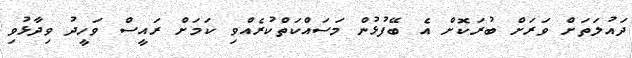
ދައުލަތަށް ވަރަށް ބުރަކޮށް އެ ބޭފުޅުން މަސައްކަތްކުރެއްވި ކަމަށް ރައީސް ވަހީދު ވިދާޅުވި